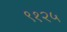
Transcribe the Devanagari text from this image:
९१२५